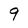
Character: 9